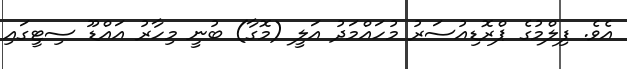
އެވެ. ފިލްމުގެ ޕްރޮޑިއުސަރު މުހައްމަދު އަލީ (މޮގާ) ބުނީ މިހާރު އައްޑޫ ސިޓީގައި